Leprosy in India: report of the Leprosy Commission in India, 1890-91
Year: 1890
Disease focus: Leprosy
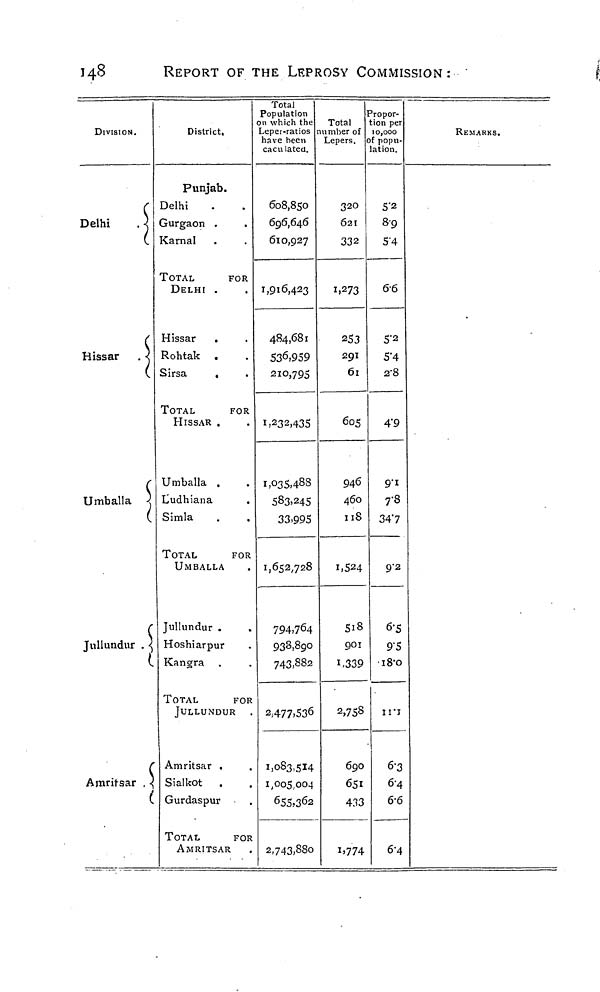
148
REPORT OF THE LEPROSY COMMISSION :
DIVISION.
Delhi
Hissar
Umballa
Jullundur
Amritsar
District.
Punjab.
Delhi
Gurgaon .
Karnal
TOTAL
FOR
DELHI .
Hissar
Rohtak
Sirsa
TOTAL
FOR
HISSAR .
Umballa .
Uudhiana
Simla
.
.
TOTAL
FOR
UMBALLA
Jullundur .
.
Hoshiarpur
Kangra
TOTAL
FOR
JULLUNDUR .
Amritsar .
Sialkot
.
Gurdaspur
TOTAL
FOR
AMRITSAR
Total
Population
on which the
Leper-ratios
have been
caculated.
608,850
696,646
610,927
1,916,423
484,681
536,959
210,795
1,232,435
1,035,488
583,245
33.995
1,652,728
794,764
938,890
743,882
2,477.536
1,083,514
1,005,004
655,362
2,743,880
Total
number of
Lepers.
320
621
332
1,273
253
291
61
605
946
460
118
1,524
518
901
1,339
2,758
690
651
433
1,774
Propor-
tion per
10,000
of popu-
lation.
8,9
5.4
66
5.2
5.4
2.8
4.9
9.1
7.8
34.7
9.2
6.5
9.5
18.0
11.1
6.3
6.4
6.6
6.4
REMARKS.